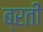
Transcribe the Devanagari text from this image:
ब्रती